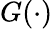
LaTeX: G(\cdot)